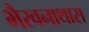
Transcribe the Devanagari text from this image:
भैरवनाथास